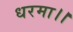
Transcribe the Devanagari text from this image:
धरमा।।